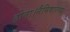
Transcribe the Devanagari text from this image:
होता।नैमिषारण्य